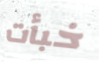
خبأت